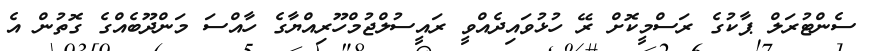
ސެންޓުރަލް ޕާކުގެ ރަސްމީކޮށް ރޭ ހުޅުވައިދެއްވީ ރައީސުލްޖުމްހޫރިއްޔާގެ ހާއްސަ މަންދޫބެއްގެ ގޮތުން އެ